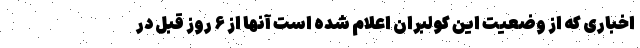
اخباری که از وضعیت این کولبران اعلام شده است آنها از ۶ روز قبل در